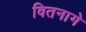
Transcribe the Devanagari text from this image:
वितनागे